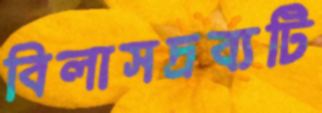
বিলাসদ্রব্যটি